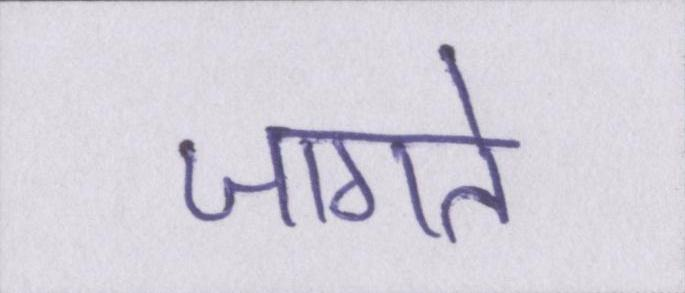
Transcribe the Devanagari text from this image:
जागते